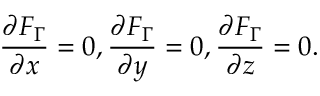
\frac { \partial F _ { \Gamma } } { \partial x } = 0 , \frac { \partial F _ { \Gamma } } { \partial y } = 0 , \frac { \partial F _ { \Gamma } } { \partial z } = 0 .